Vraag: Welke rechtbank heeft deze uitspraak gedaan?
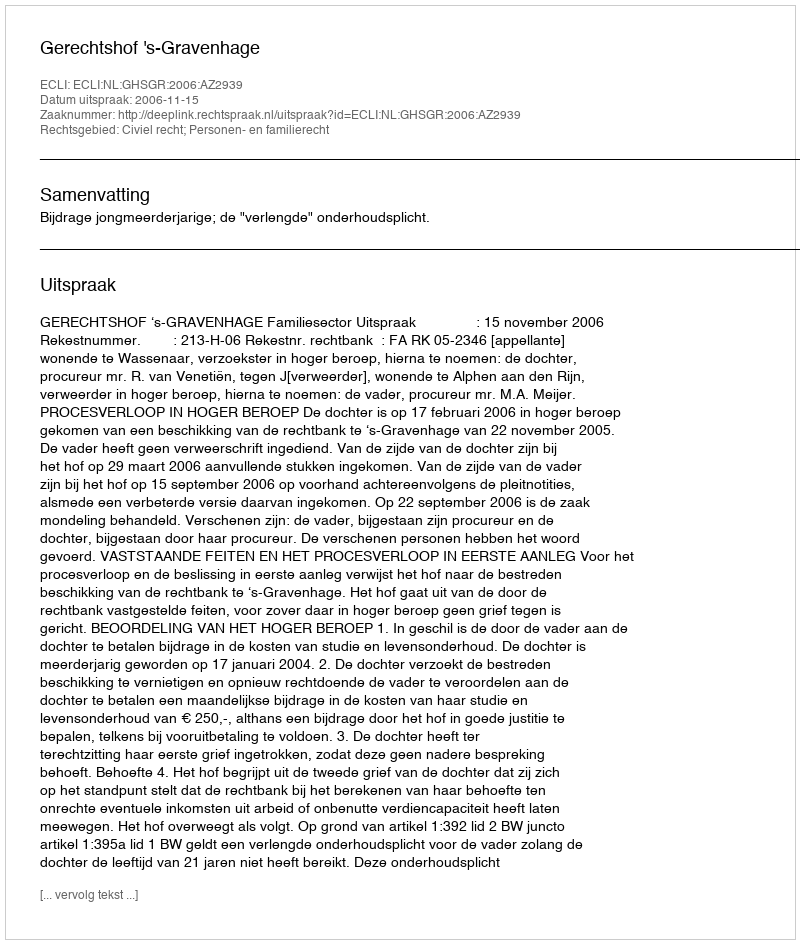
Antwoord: Gerechtshof 's-Gravenhage